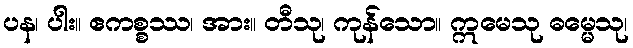
ပန၊ ပါး။ ဧကစ္စဿ၊ အား။ တီသု၊ ကုန်သော။ ဣမေသု ဓမ္မေသု၊